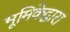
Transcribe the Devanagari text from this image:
भूमिकेद्वारा